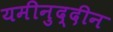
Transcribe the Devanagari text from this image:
यमीनुद्दीन